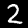
Digit: 2